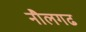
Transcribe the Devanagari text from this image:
नौलगढ